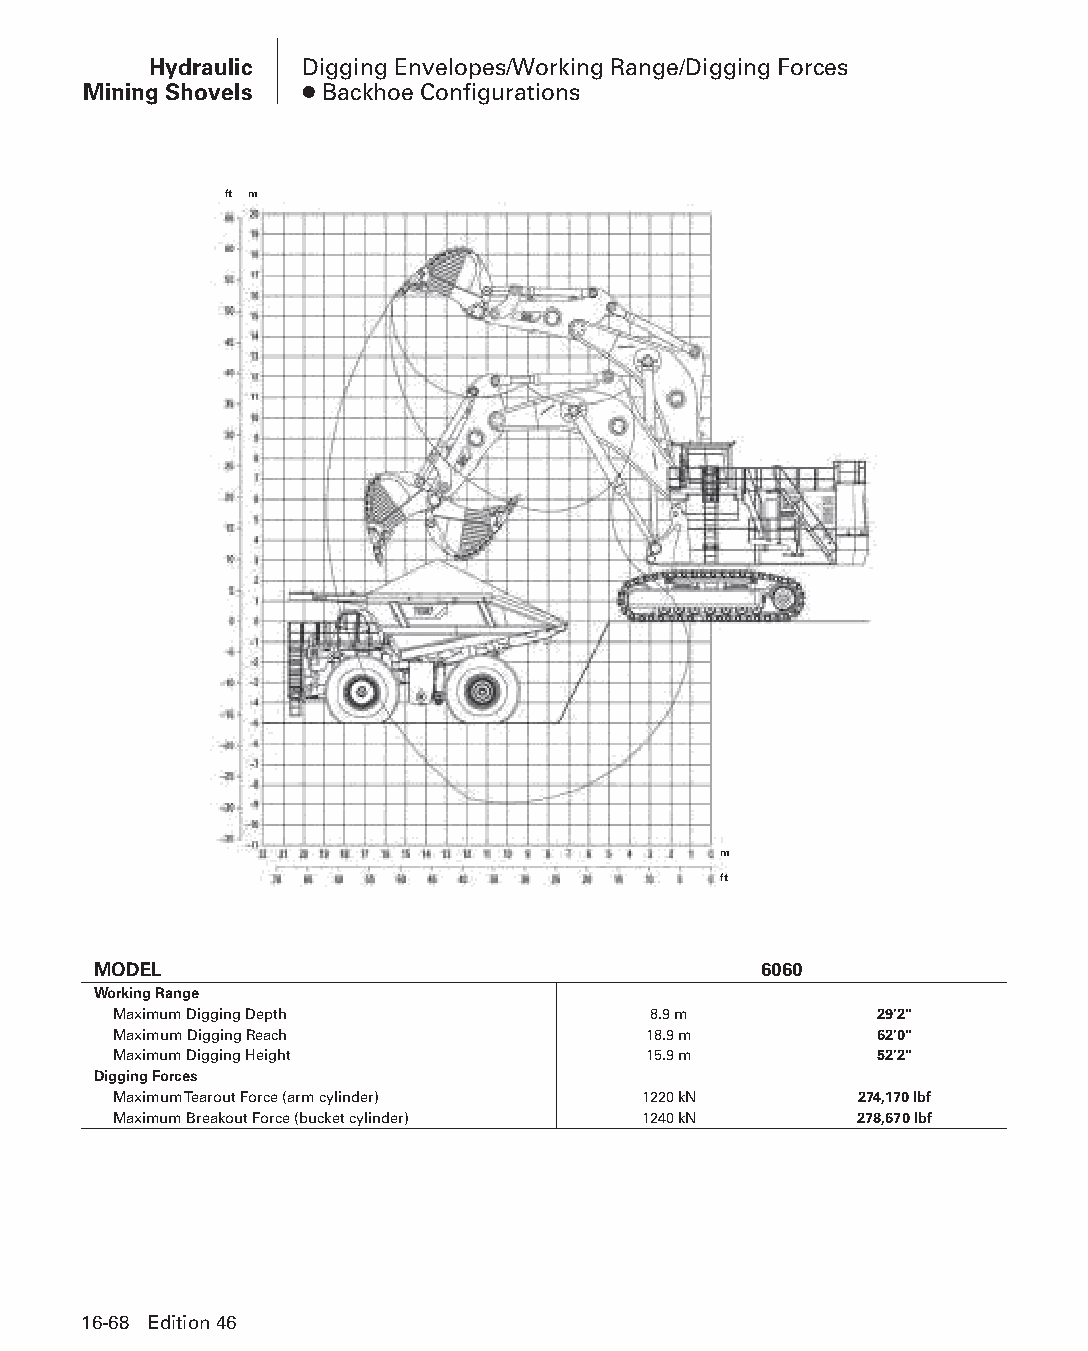
Hydraulic Digging Envelopes/Working Range/Digging Forces
 Mining Shovels ● Backhoe Configurations
 ft m
 m
 ft
 MODEL                                       6060
 Working Range
 Maximum Digging Depth              8.9 m          29'2"
 Maximum Digging Reach              18.9 m         62'0"
 Maximum Digging Height             15.9 m         52'2"
 Digging Forces
 Maximum Tearout Force (arm cylinder) 1220 kN     274,170 lbf
 Maximum Breakout Force (bucket cylinder) 1240 kN 278,670 lbf
 16-68 Edition 46
 PPHHBB--SSeecc1166--HHyyddrraauulliiccMMiinniinnggSShhoovveellss((ppgg004499--111100))..iinndddd 6688 1122//44//1155 1100::5533 AAMM